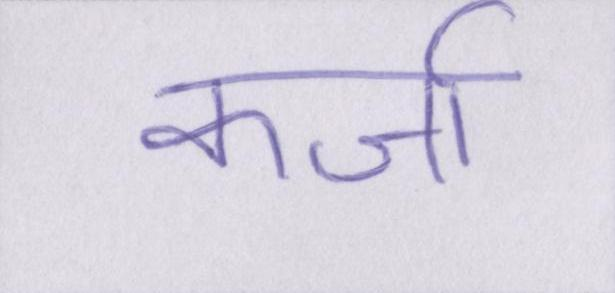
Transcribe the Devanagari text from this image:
कर्जा